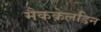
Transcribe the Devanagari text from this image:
मैककेलडिन